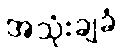
အသုံးချခံ